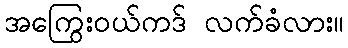
အကြွေးဝယ်ကဒ် လက်ခံလား။